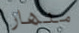
منهار